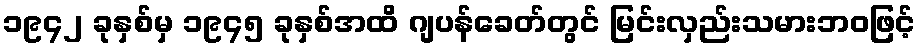
၁၉၄၂ ခုနှစ်မှ ၁၉၄၅ ခုနှစ်အထိ ဂျပန်ခေတ်တွင် မြင်းလှည်းသမားဘဝဖြင့်